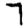
Digit: 7